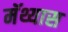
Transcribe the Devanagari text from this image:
मॅथ्यास